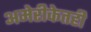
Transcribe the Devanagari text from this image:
अमेरीकेतही